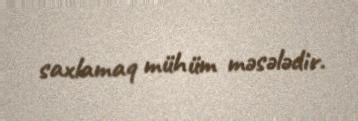
saxlamaq mühüm məsələdir.